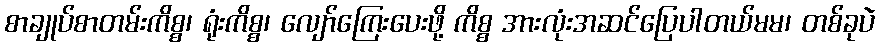
စာချုပ်စာတမ်းကိစ္စ၊ ရုံးကိစ္စ၊ လျော်ကြေးပေးဖို့ ကိစ္စ အားလုံးအဆင်ပြေပါတယ်မမ၊ တစ်ခုပဲ